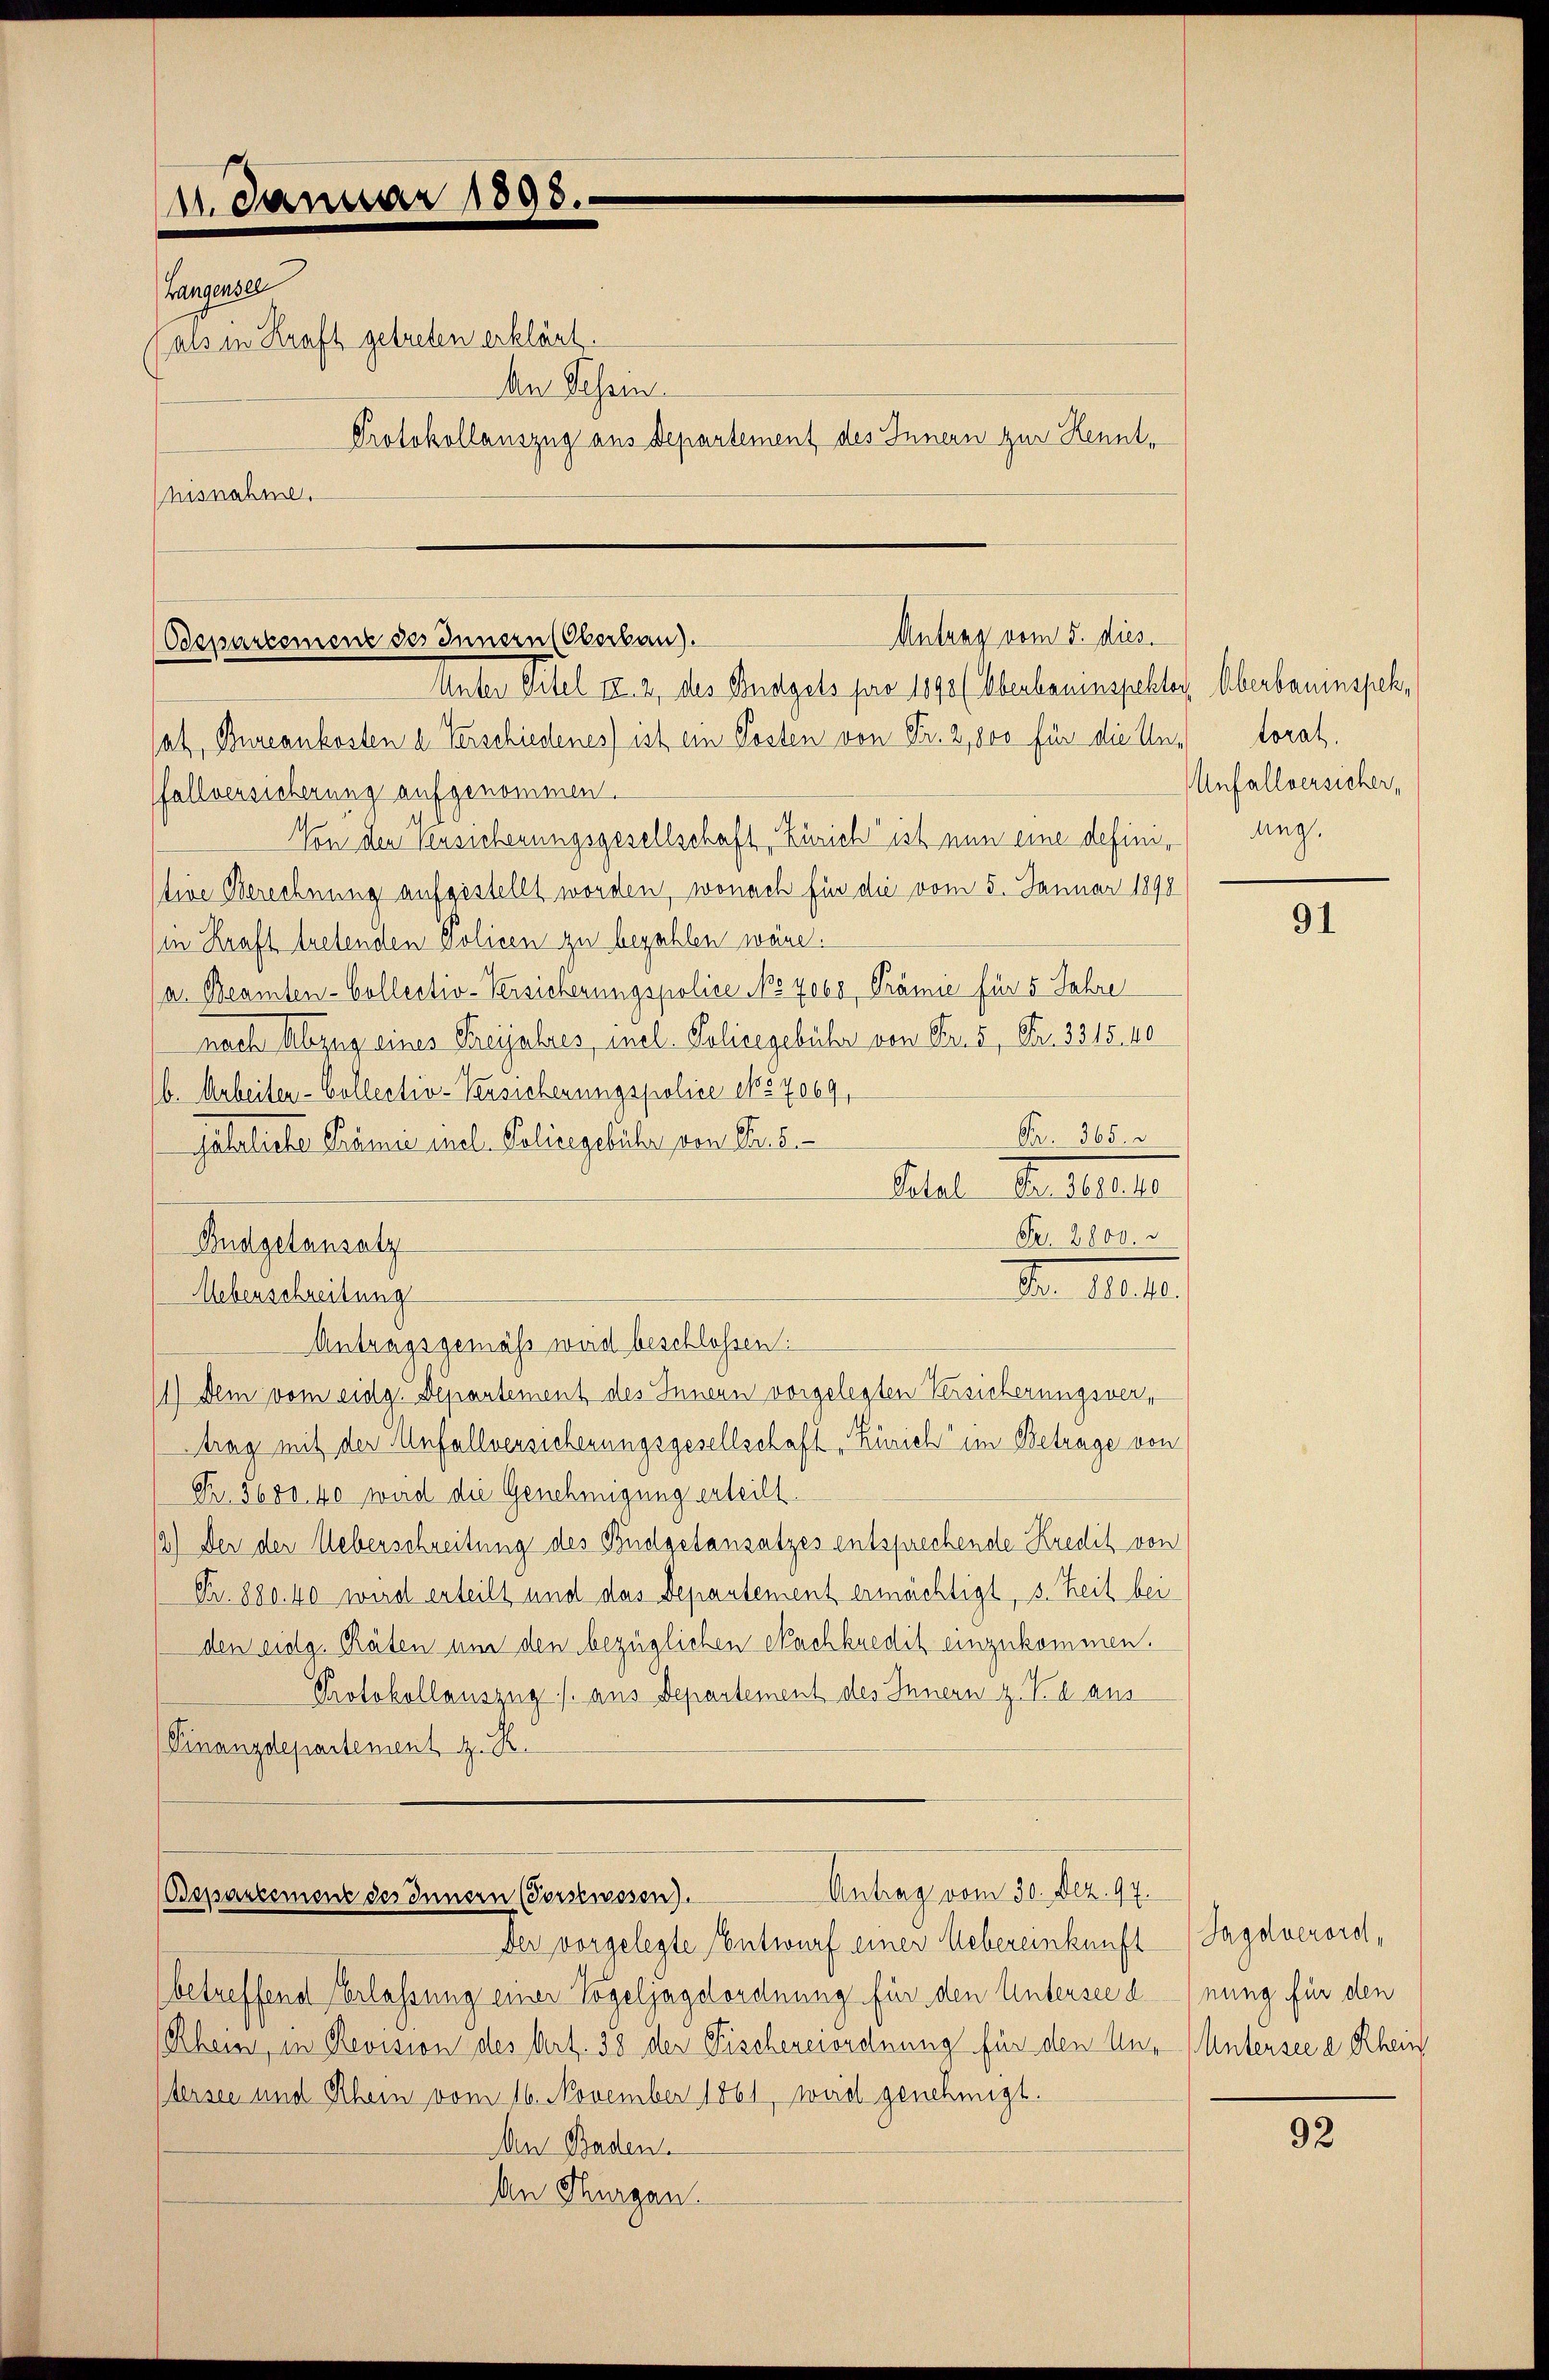
11. Januar 1890.
Langensel
als in Kraft getreten erklärt.
An Schein
nisnahme.

Antrag vom 5. dies
Odepartement des Innern (Oberbau).
Unter Titel II. 2, des Budgets pro 1898 (Oberbauinspektor Oberbauinspek¬

satz, Bureankosten u. Verschiedenes) ist ein Posten von Fr. 2, 800 für die Un- torat.
fallversicherung aufgenommen.
Von den Versicherungsgesellschaft, Zürich ist nun eine defini¬
Itine Berechnung aufgestellt worden, wonach für die vom 5. Januar 1890
(in Kraft tretenden Policen zu bezahlen wäre.
a. Beamten-Collectiv-Versicherungspolize No 7060 Prämie für 5 Jahre
nach Abzug eines Freyjahres, mnel. Polieigebühr von Fr. 5, Fr. 3315,40
b. Arbeiten-Collectiv-Versicherungspolice ipo 7069,
Pr. 365.
jährliche Prämie mal - Polizegebühr von Pers.
Platen Bestelle
Fr. 2800. v
Budgetansatz
S. M.
Ueberschreitung
Antragsgemäß wird beschlossen:
11) Dein vom eidg. Departement des Innern vorgelegten Versicherungsvertrag mit der Anfallversicherungsgesellschaft „Zürich im Betrage von
Fr. 5680. 40 wird die Genehmigung erteilt.
12) Der der Ueberschreitung des Budgetansatzes entsprechende Kredit von
Fr. 880.40 wird erteilt und das Departement ermächtigt, s. Teil bei
den eidg. Räten um den bezüglichen Nachkredit einzukommen.
Protokollauszug /: aus Departement des Innern z. B. aus
Finanzdepartement, z. R.

Protokollauszug aus Departement des Innern zur Kennt¬

Antrag vom 30. Dez. 97.
Bepartement des Innern (Forstwesen).

Der vorgelegte Entwurf einer Uebereinkunft
betreffend Verlassung einer Vogeljagdordnung für den Untersee d
Rhein, in Revision des Art. 38 der Fischereiordnung für den Unstersee und Rhein vom 16. November 1861, wird genehmigt.
Am Baden.
An Thurgau.

Anfallversicher,
ang.

91

Jagdverordnung für den
Untersee e Rhein

92